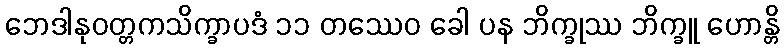
ဘေဒါနုဝတ္တကသိက္ခာပဒံ ၁၁ တဿေဝ ခေါ ပန ဘိက္ခုဿ ဘိက္ခူ ဟောန္တိ